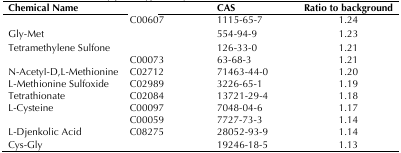
<table><thead><tr><td><b>Chemical Name</b></td><td>[EMPTY_CELL]</td><td><b>CAS</b></td><td><b>Ratio to background</b></td></tr></thead><tbody><tr><td>[EMPTY_CELL]</td><td>C00607</td><td>1115-65-7</td><td>1.24</td></tr><tr><td>Gly-Met</td><td>[EMPTY_CELL]</td><td>554-94-9</td><td>1.23</td></tr><tr><td>Tetramethylene Sulfone</td><td>[EMPTY_CELL]</td><td>126-33-0</td><td>1.21</td></tr><tr><td>[EMPTY_CELL]</td><td>C00073</td><td>63-68-3</td><td>1.21</td></tr><tr><td>N-Acetyl-D,L-Methionine</td><td>C02712</td><td>71463-44-0</td><td>1.20</td></tr><tr><td>L-Methionine Sulfoxide</td><td>C02989</td><td>3226-65-1</td><td>1.19</td></tr><tr><td>Tetrathionate</td><td>C02084</td><td>13721-29-4</td><td>1.18</td></tr><tr><td>L-Cysteine</td><td>C00097</td><td>7048-04-6</td><td>1.17</td></tr><tr><td>[EMPTY_CELL]</td><td>C00059</td><td>7727-73-3</td><td>1.14</td></tr><tr><td>L-Djenkolic Acid</td><td>C08275</td><td>28052-93-9</td><td>1.14</td></tr><tr><td>Cys-Gly</td><td>[EMPTY_CELL]</td><td>19246-18-5</td><td>1.13</td></tr></tbody></table>